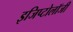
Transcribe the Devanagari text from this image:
इजिप्टोलॉजी